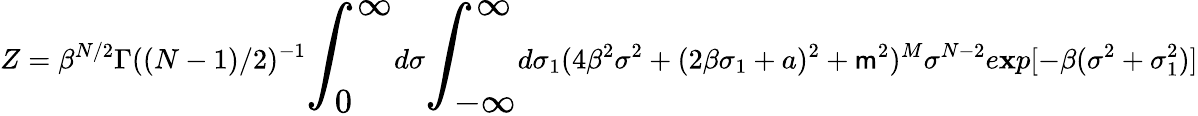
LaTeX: Z=\beta^{N/2}\Gamma((N-1)/2)^{-1}{\LARGE\int_{0}^{\infty}}d\sigma{\LARGE\int_{-\infty}^{\infty}}d\sigma_{1}(4\beta^{2}\sigma^{2}+(2\beta\sigma_{1}+a)^{2}+\mathsf{m}^{2})^{M}\sigma^{N-2}e\mathbf{x}p[-\beta(\sigma^{2}+\sigma_{1}^{2})]